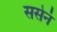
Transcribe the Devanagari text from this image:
ससेनं